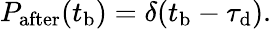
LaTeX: \begin{array}{r}{P_{\mathrm{after}}(t_{\mathrm{b}})=\delta(t_{\mathrm{b}}-\tau_{\mathrm{d}}).}\end{array}